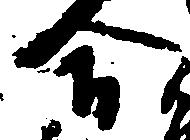
合